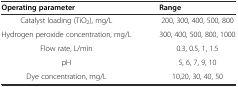
| Operating parameter | Range |
 | --- | --- |
 | Catalyst loading (TiO2), mg/L | 200, 300, 400, 500, 800 |
 | Hydrogen peroxide concentration, mg/L | 300, 400, 500, 800, 1000 |
 | Flow rate, L/min | 0.3, 0.5, 1, 1.5 |
 | pH | 5, 6, 7, 9, 10 |
 | Dye concentration, mg/L | 10,20, 30, 40, 50 |